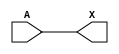
module sky130_fd_sc_hvl__lsbuflv2hv_3 (
    X,
    A
);
    output X;
    input  A;
    buf buf0 (X     , A              );
endmodule